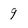
Character: 9